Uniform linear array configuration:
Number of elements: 12
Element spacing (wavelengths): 0.25
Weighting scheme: kaiser
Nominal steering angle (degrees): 45
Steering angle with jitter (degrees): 45.454
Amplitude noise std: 0.05
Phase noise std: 0.05

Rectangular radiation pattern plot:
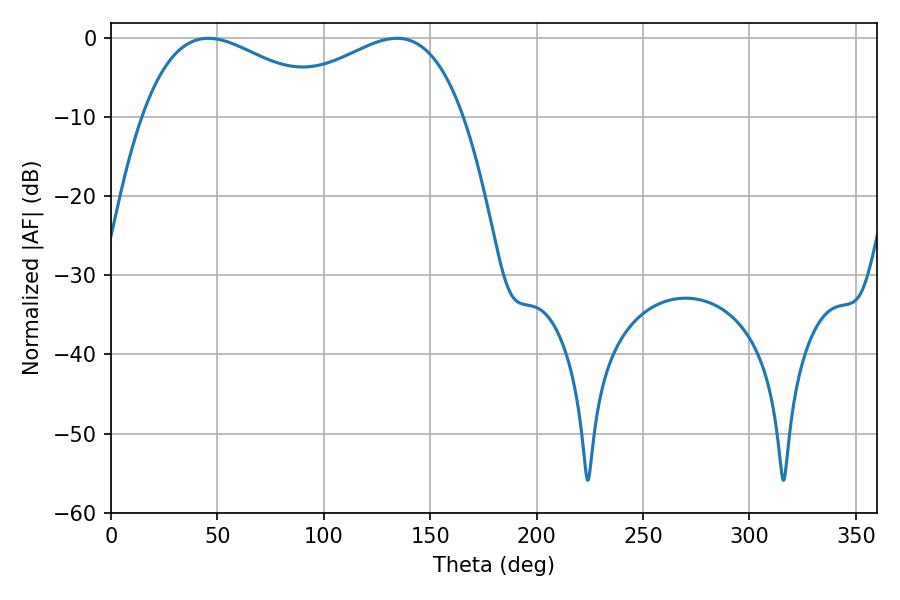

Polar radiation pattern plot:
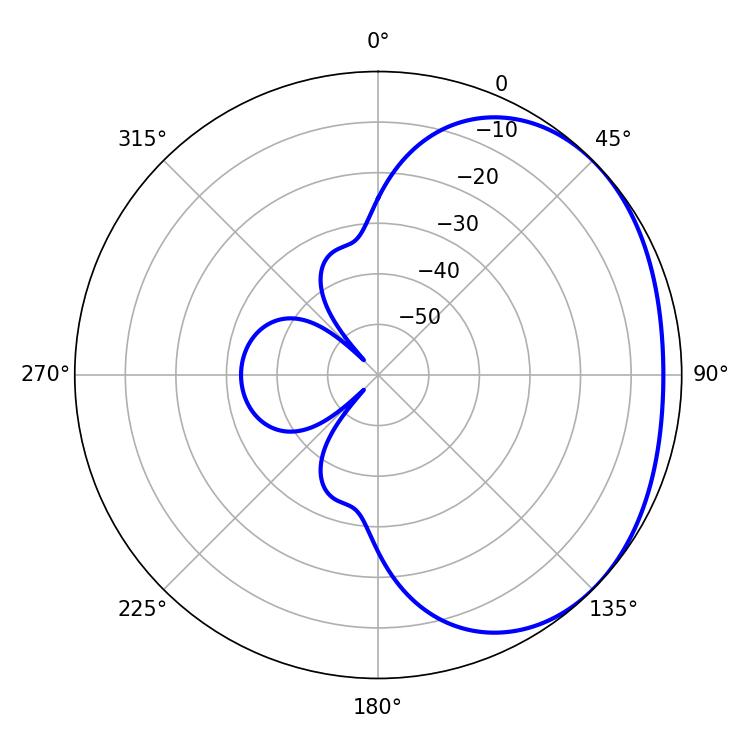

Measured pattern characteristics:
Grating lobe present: FALSE
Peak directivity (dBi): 1.91
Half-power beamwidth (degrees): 50.04
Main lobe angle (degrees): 45.72